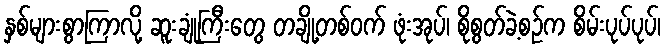
နှစ်များစွာကြာလို့ ဆူးချုံကြီးတွေ တချို့တစ်ဝက် ဖုံးအုပ်၊ စိုစွတ်ခဲ့စဉ်က စိမ်းပုပ်ပုပ်၊